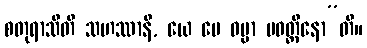
စတုရာသီတိ သဟဿာနိ, ယေ မေ ဓမ္မာ ပဝတ္တိနော”တိ။